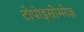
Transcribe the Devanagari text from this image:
टोपोइसोमरेज़